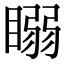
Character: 𥉧